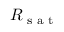
R _ { \textrm { s a t } }